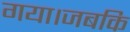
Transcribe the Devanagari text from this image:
गया।जबकि